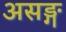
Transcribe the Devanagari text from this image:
असङ्ग